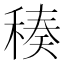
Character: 𥠬